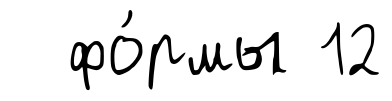
фо́рмы 12